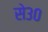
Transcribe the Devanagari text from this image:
से३०